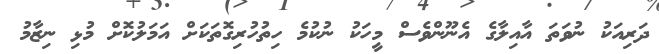
ދަރިއަކު ނުވަތަ އާއިލާގެ އެނޫންވެސް މީހަކު ނުކުމެ ހިތުހުރިގޮތަކަށް އަމަލުކޮށް މުޅި ނިޒާމު